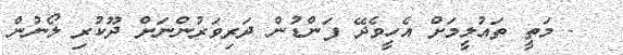
- މަތީ ތައުލީމަށް އެހީވެދޭ ފަންޑުން ދަރިވަރުންނަށް ދޫކުރި ލޯނުން